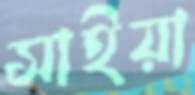
সাইয়া